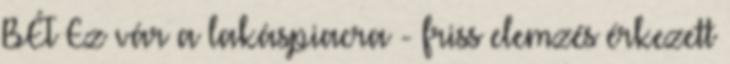
BÉT Ez vár a lakáspiacra - friss elemzés érkezett